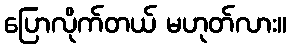
ပြောလိုက်တယ် မဟုတ်လား။